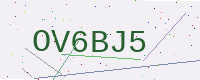
Text: OV6BJ5